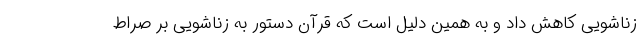
زناشویی کاهش داد و به همین دلیل است که قرآن دستور به زناشویی بر صراط